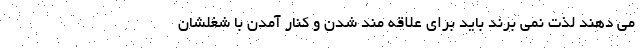
می دهند لذت نمی برند باید برای علاقه مند شدن و کنار آمدن با شغلشان